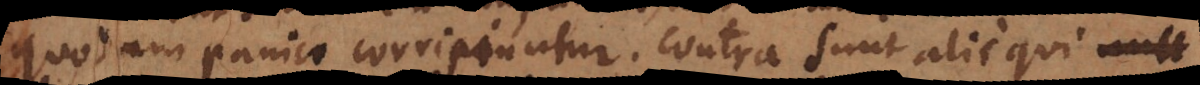
quodam panico corripiuntur. Contra sunt alii qui